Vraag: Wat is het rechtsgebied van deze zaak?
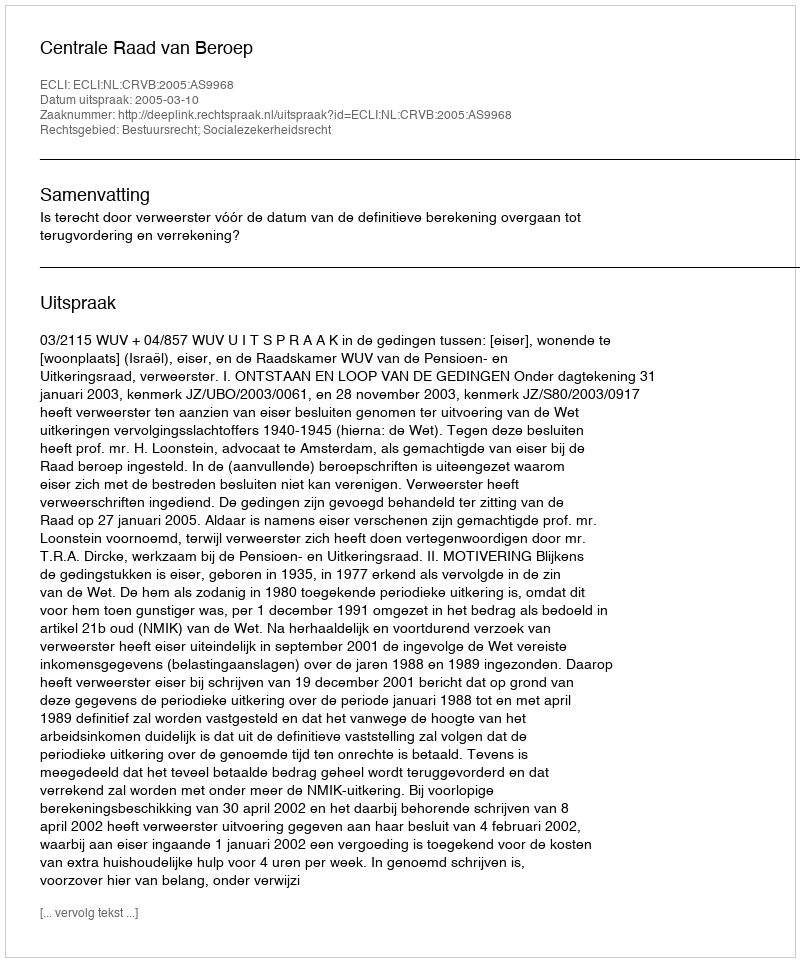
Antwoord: Bestuursrecht; Socialezekerheidsrecht